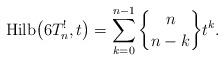
LaTeX: \begin{gather*}{\rm Hilb}\big(6T_n^{!},t\big)=\sum_{k=0}^{n-1} {n \brace n-k } t^{k}.\end{gather*}